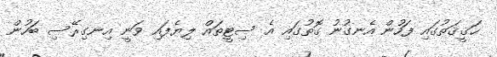
ޙަޤީޤަތުގައި ފަހުން އެނގުނު ގޮތުގައި އެ ސިޓީތައް ލިޔެފައި ވަނީ އިނގިރޭސި ބަހުން